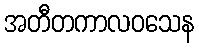
အတီတကာလဝသေန